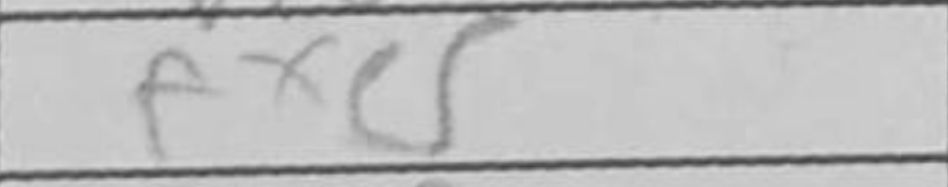
Transcription: fxc5